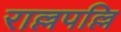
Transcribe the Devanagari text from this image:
राल्लपल्लि